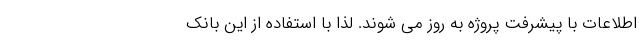
اطلاعات با پیشرفت پروژه به روز می شوند. لذا با استفاده از این بانک